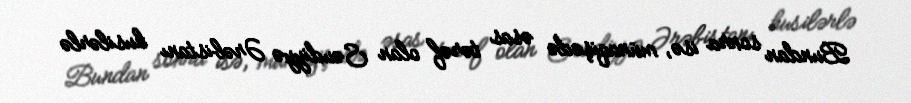
Bundan sonra isə, münaqişədə əsas tərəf olan Səudiyyə Ərəbistanı husilərlə